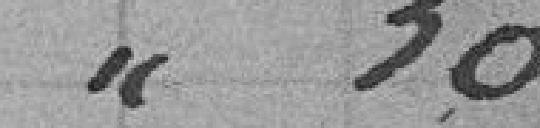
// 50